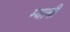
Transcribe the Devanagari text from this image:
म्याबी